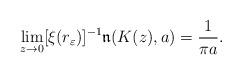
LaTeX: \begin{align*} \lim_{z \to 0} [\xi(r_\varepsilon )]^{-1}\mathfrak{n}(K(z), a ) = \frac 1{\pi a} . \end{align*}